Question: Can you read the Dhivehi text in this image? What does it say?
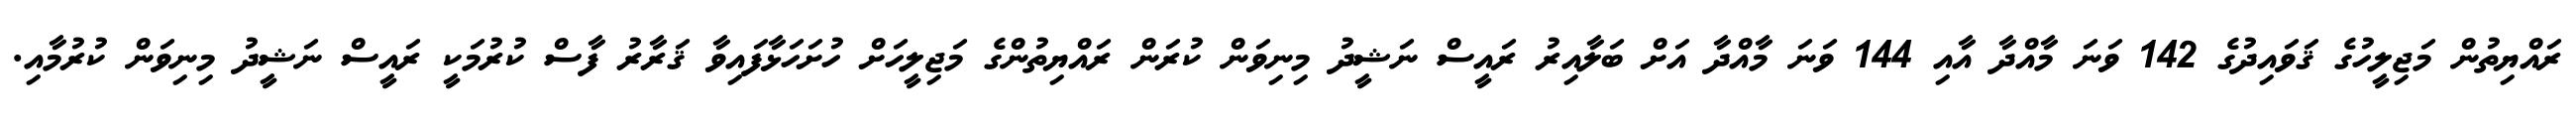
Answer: ރައްޔިތުން މަޖިލީހުގެ ޤަވައިދުގެ 142 ވަނަ މާއްދާ އާއި 144 ވަނަ މާއްދާ އަށް ބަލާއިރު ރައީސް ނަޝީދު މިނިވަން ކުރަން ރައްޔިތުންގެ މަޖިލީހަށް ހުށަހަޅާފައިވާ ޤަރާރު ފާސް ކުރުމަކީ ރައީސް ނަޝީދު މިނިވަން ކުރުމާއި.